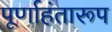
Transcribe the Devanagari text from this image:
पूर्णाहंतारूप